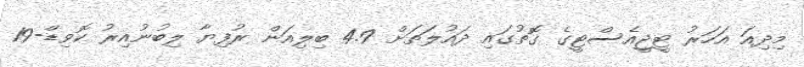
މިދިއަ އަހަރު ޓީޖީއެސްޓީގެ ގޮތުގައި ދައުލަތަށް 4.9 ބިލިއަން ރުފިޔާ ލިބުނުއިރު ކޮވިޑް-19